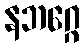
နဘဂ္ဂေ